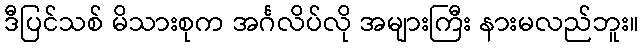
ဒီပြင်သစ် မိသားစုက အင်္ဂလိပ်လို အများကြီး နားမလည်ဘူး။